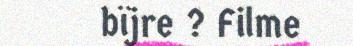
bïjre ? Filme